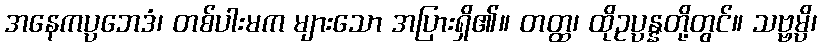
အနေကပ္ပဘေဒံ၊ တစ်ပါးမက များသော အပြားရှိ၏။ တတ္ထ၊ ထိုဥပ္ပန္နတို့တွင်။ သဗ္ဗမ္ပိ၊